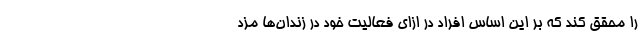
را محقق کند که بر این اساس افراد در ازای فعالیت خود در زندان‌ها مزد